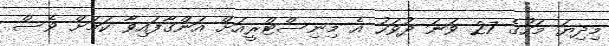
މިދިޔަ މަހުގެ 27 ވަނަ ދުވަހު އެ މިނިސްޓްރީއަށް އަންގާފައިވާ ކަމަށް ވެސް